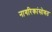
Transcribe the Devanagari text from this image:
नागरिकांसोबत